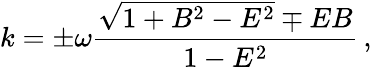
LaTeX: k=\pm\omega\frac{\sqrt{1+B^{2}-E^{2}}\mp EB}{1-E^{2}}\, ,